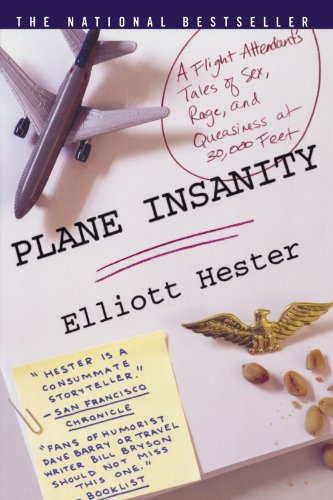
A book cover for Plane Insanity: A Flight Attendant's Tales of Sex, Rage, and Queasiness at 30,000 Feet; Elliott Hester; Travel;